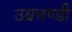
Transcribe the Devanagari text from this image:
उग्रचण्डी